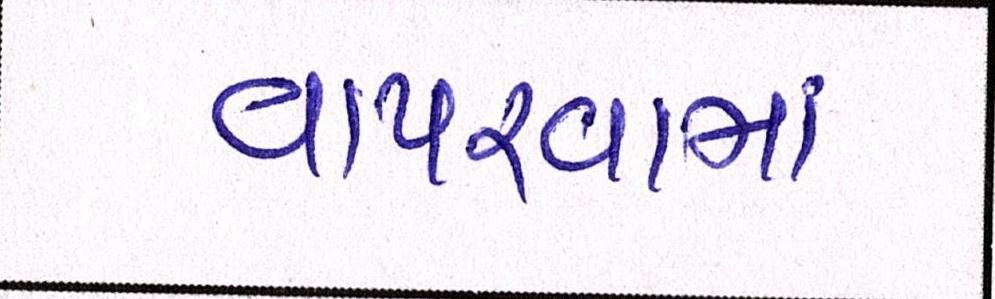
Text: વાપરવામાં